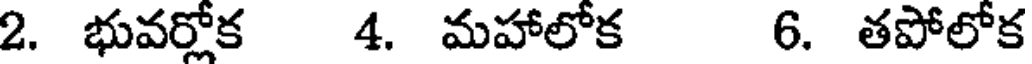
2. భువర్లోక 4. మహాలోక 6. తపోలోక